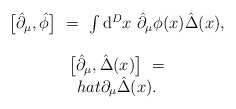
\begin{align*}\begin{array}{c}\big[\hat{\partial}_\mu,\hat{\phi}\big] \ = \ \int\mathrm{d}^Dx \ \hat{\partial}_\mu\phi(x)\hat{\Delta}(x),\\\\\big[\hat{\partial}_\mu,\hat{\Delta}(x)\big] \ = \\hat{\partial}_\mu\hat{\Delta}(x).\end{array}\end{align*}